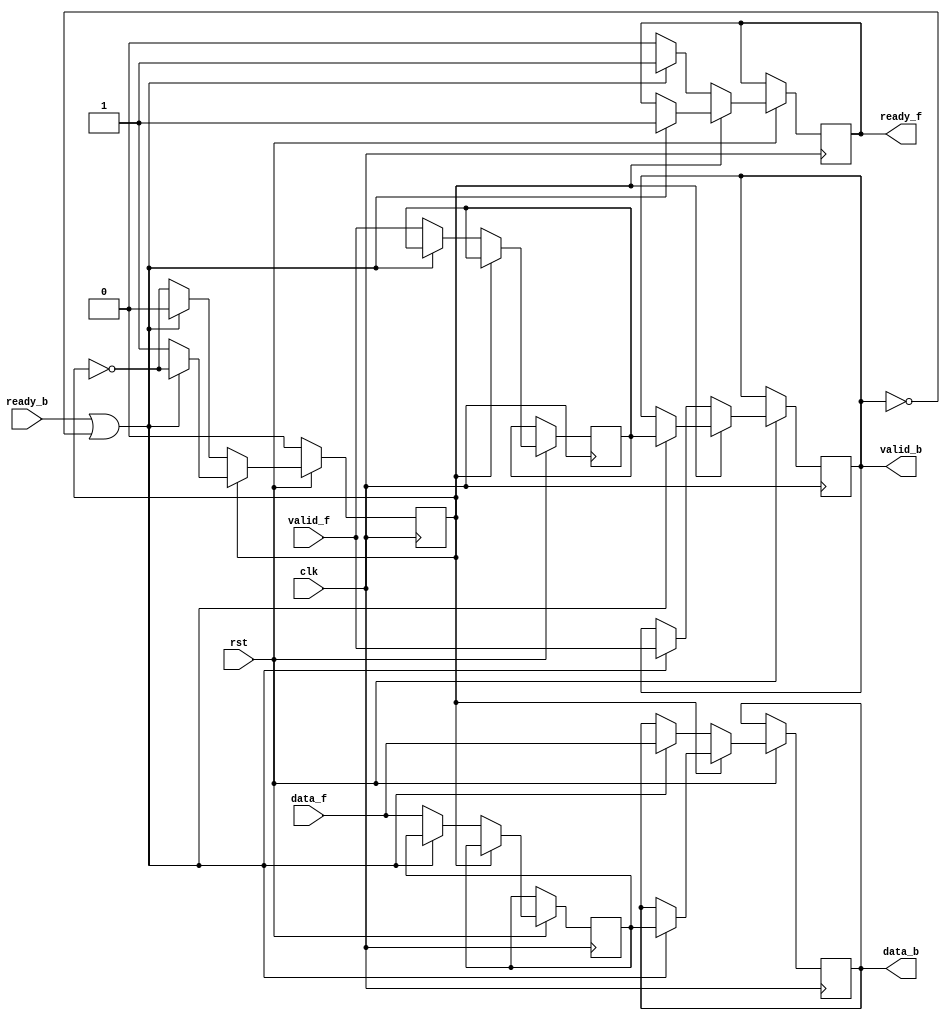
`timescale 1ns / 1ps



module backwardskidbuffer#(parameter L=8,
	parameter OPTREG = 0 )(

    input clk,
	input rst,
	
	output reg ready_f,
	input valid_f,
	input  [L-1:0] data_f,
	
	input  ready_b,
	output  reg valid_b,
	output  reg [L-1:0] data_b       
) ;
reg state;
wire ready  ;          
reg pre_valid;
reg [L-1:0] data_pre;
//reg buffer_valid;
//reg [L-1:0] data_buffer;       
//reg  ready_buffer;        
      

always @(posedge clk) begin 
   if (!rst) begin
      state <= 0 ;
       end
   else if(!state) begin          
            if (ready) begin
             valid_b<=valid_f;
			data_b<=data_f;  
               ready_f <= 1'b1    ;               
            end
            else begin
              pre_valid<=valid_f;
			data_pre<=data_f;
               ready_f <= 1'b0    ;
               state<= !state ;
            end

         end
              
         else   if (ready) begin
             valid_b<=pre_valid;
			data_b<=data_pre;              
               ready_f <= 1'b1;
               state <= !state;               
            end

         end

   

//assign ready_f  = ready_buffer ;
//assign data_b  = data_buffer;
//assign valid_b  = buffer_valid;   
assign ready   = ready_b || ! valid_b ;
        

endmodule
	
	//assign store =~ready_b && ready_f && valid_f&& valid_b;//
	/*always @(posedge clk or negedge rst) begin
	//tim=0;
		if (!rst)begin
			buffer_valid <= 1'b0;
			
			end
			
			else if(store) begin
			buffer_valid<=1'b1;
			end
			else if(ready_f) begin
			buffer_valid<=1'b0;
			end
		end
	always @(posedge clk or negedge rst) begin
	tim=0;
	#3 tim=1;
	end
	always @(posedge clk or negedge rst) begin
		if (!rst)begin
			data_buffer <= {L{1'b0}};
			end
			else begin
			data_buffer<=store? data_f:data_buffer;
			
			end
		end
		always @(posedge clk or negedge rst) begin
		if (!rst)begin
			ready_f <= 1'b1;
			end
			else begin
			ready_f<=(~buffer_valid&&~store)||ready_b;
			end
		end
		always @(*) begin
		data_b <= ready_f ? data_f : data_buffer; 
		valid_b <=  valid_f || buffer_valid ;
		end*/
		
	//assign  valid_b <= ready_f ? valid_f : buffer_valid;    
    //assign data_b <= ready_f ? data_f : data_buffer;
	/*	always@(posedge clk)begin
            if(!rst)
            valid_b <= 1'b0;
            else if(ready_f && valid_f)
            valid_b <= valid_f;
            else
            valid_b<=buffer_valid;
            end

		always@(posedge clk)begin
            if(!rst)
            data_b <=8'b0;
            else if(!valid_b)
            data_b <= data_b;
            else
            data_b = ready_f ? data_f : data_buffer;
            end*/

    

//endmodule